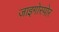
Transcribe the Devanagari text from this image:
जाइगोस्पोर